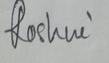
Signature authenticity: genuine